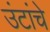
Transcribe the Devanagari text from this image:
उंटांचे